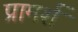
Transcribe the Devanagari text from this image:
प्रामर्श